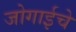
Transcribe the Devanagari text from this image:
जोगाईचे